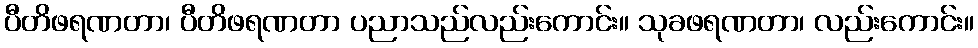
ပီတိဖရဏတာ၊ ပီတိဖရဏတာ ပညာသည်လည်းကောင်း။ သုခဖရဏတာ၊ လည်းကောင်း။